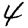
Digit: 4